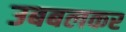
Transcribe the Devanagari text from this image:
उबबलकर